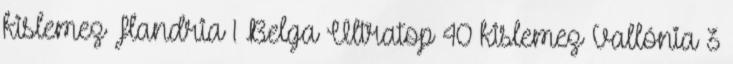
kislemez Flandria 1 Belga Ultratop 40 kislemez Vallónia 3